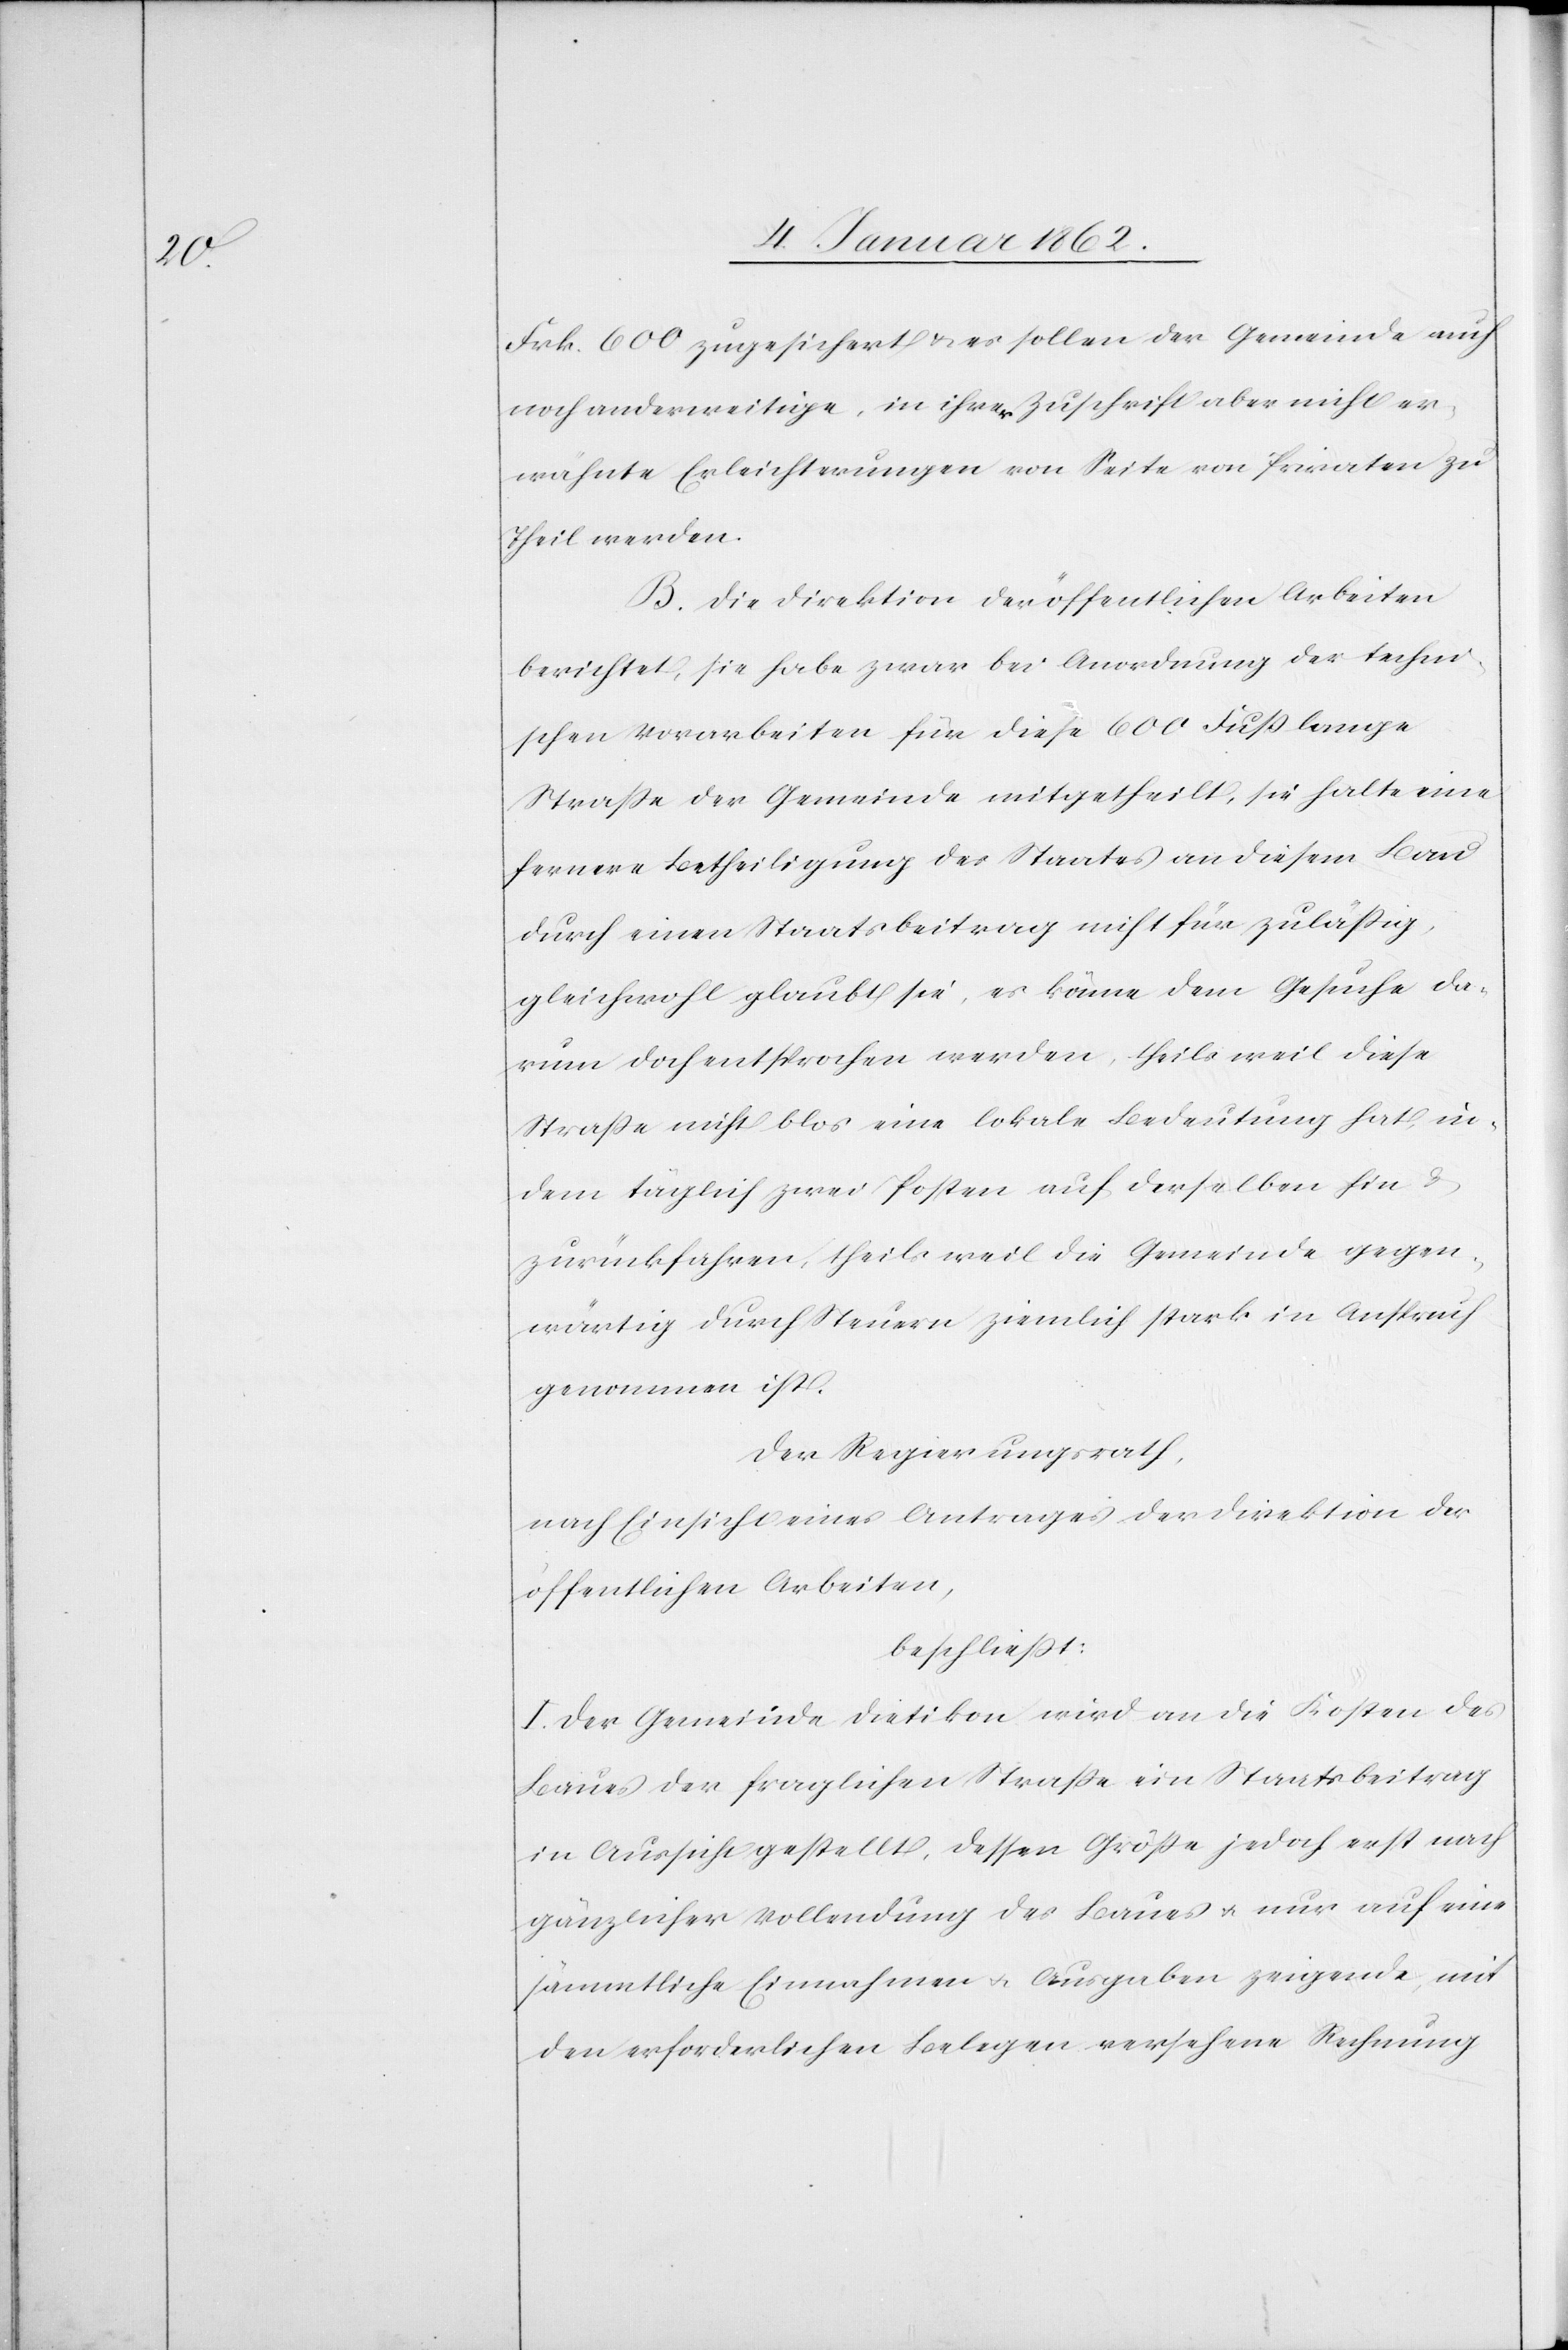
Frk. 600 zugesichert u. es sollen der Gemeinde auch
noch anderweitige, in ihrer Zuschrift aber nicht er¬
wähnte Erleichterungen von Seite von Privaten zu
Theil werden.
B. Die Direktion der öffentlichen Arbeiten
berichtet, sie habe zwar bei Anordnung der techni¬
schen Vorarbeiten für diese 600 Fuß lange
Straße der Gemeinde mitgetheilt, sie halte eine
fernere Betheiligung des Staates an diesem Bau
durch einen Staatsbeitrag nicht für zuläßig,
gleichwohl glaubt sie, es könne dem Gesuche da¬
rum doch entsprochen werden, theils weil diese
Straße nicht blos eine lokale Bedeutung hat, in¬
dem täglich zwei Posten auf derselben hin &
zurückfahren, theils weil die Gemeinde gegen¬
wärtig durch Steuern ziemlich stark in Anspruch
genommen ist.
Der Regierungsrath,
nach Einsicht eines Antrages der Direktion der
öffentlichen Arbeiten,
beschließt:
I. Der Gemeinde Dietikon wird an die Kosten des
Baues der fraglichen Straße ein Staatsbeitrag
in Aussicht gestellt, dessen Größe jedoch erst nach
gänzlicher Vollendung des Baues u. nur auf eine
sämmtliche Einnahmen u. Ausgaben zeigende, mit
den erforderlichen Belegen versehene Rechnung